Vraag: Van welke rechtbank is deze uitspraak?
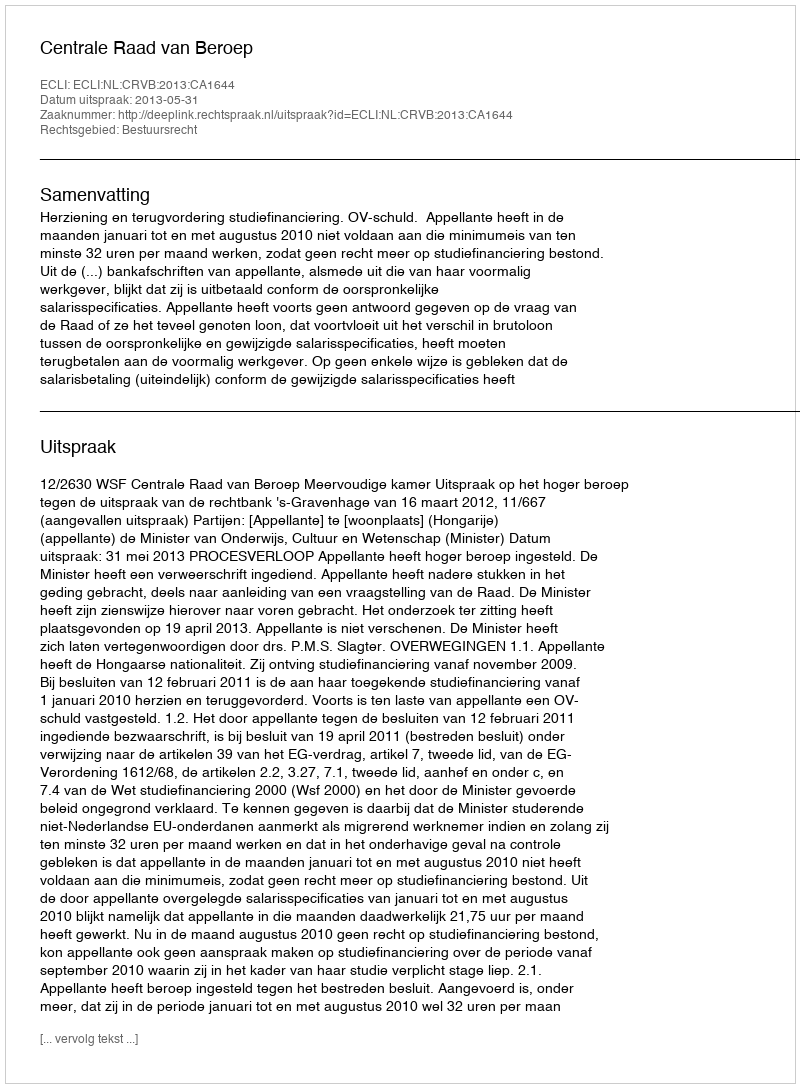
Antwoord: Centrale Raad van Beroep